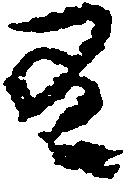
有